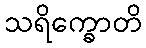
သရိက္ခောတိ